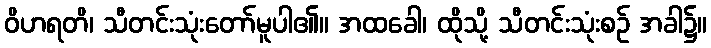
ဝိဟရတိ၊ သီတင်းသုံးတော်မူပါ၏။ အထခေါ၊ ထိုသို့ သီတင်းသုံးစဉ် အခါ၌။